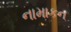
નામાકન